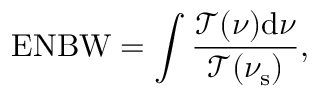
\mathrm { E N B W } = \int \frac { \mathcal { T } ( \nu ) \mathrm { d } \nu } { \mathcal { T } ( \nu _ { \mathrm { { s } } } ) } ,